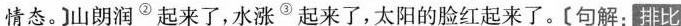
情态。山朗润^{②}起来了,水涨^{③}起来”，太阳的脸红起来了。[句解，排比